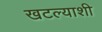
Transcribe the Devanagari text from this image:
खटल्याशी